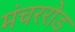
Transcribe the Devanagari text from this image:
मंचररोड